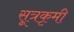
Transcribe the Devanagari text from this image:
सूत्रकृमी